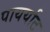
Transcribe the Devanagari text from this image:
पायर्याट